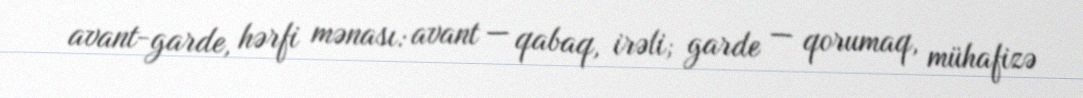
avant-garde, hərfi mənası: avant — qabaq, irəli; garde — qorumaq, mühafizə